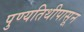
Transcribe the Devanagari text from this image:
पुण्यतिथीपासून